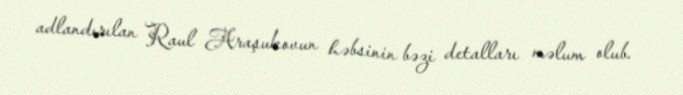
adlandırılan Raul Araşukovun həbsinin bəzi detalları məlum olub.